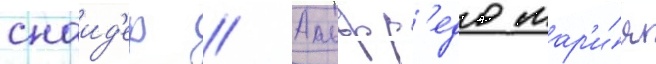
снаид'ер // Альфр'едо мар'и́я